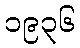
၁၉၃၆